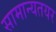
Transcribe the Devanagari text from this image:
सामान्यतयर